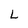
Character: L